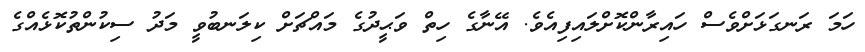
ހަމަ ރަނގަޅަށްވެސް ހައިރާންކޮށްލައިފިއެވެ. އޭނާގެ ހިތް ވަޙީދުގެ މައްޗަށް ކިލަނބުވީ މަދު ސިކުންތުކޮޅެއްގެ